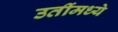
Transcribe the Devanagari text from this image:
उतींमध्ये